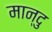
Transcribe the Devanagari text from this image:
मान्दु